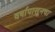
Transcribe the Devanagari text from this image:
वर्षापासूनचा